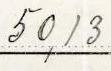
50,13